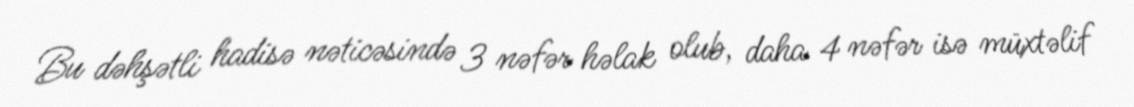
Bu dəhşətli hadisə nəticəsində 3 nəfər həlak olub, daha 4 nəfər isə müxtəlif